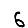
Digit: 6